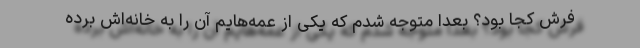
فرش کجا بود؟ بعدا متوجه شدم که یکی از عمه‌هایم آن را به خانه‌اش برده